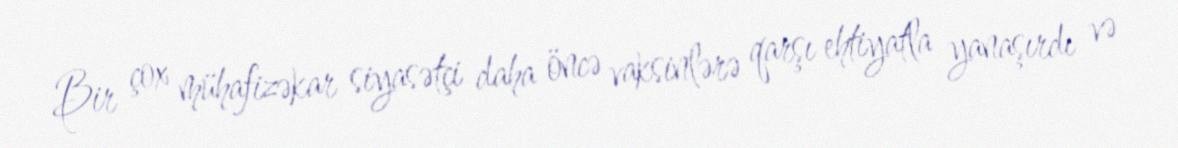
Bir çox mühafizəkar siyasətçi daha öncə vaksinlərə qarşı ehtiyatla yanaşırdı və